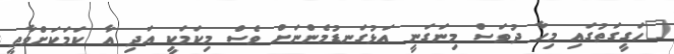
"ހަގީގަތުގައި މިހާ ދުވަސް މިނަގަނީ އަޅުގަނޑުމެންނަށް ވެސް މިކަމަކީ އަދި އާ ކަމަކަށްވާތީ